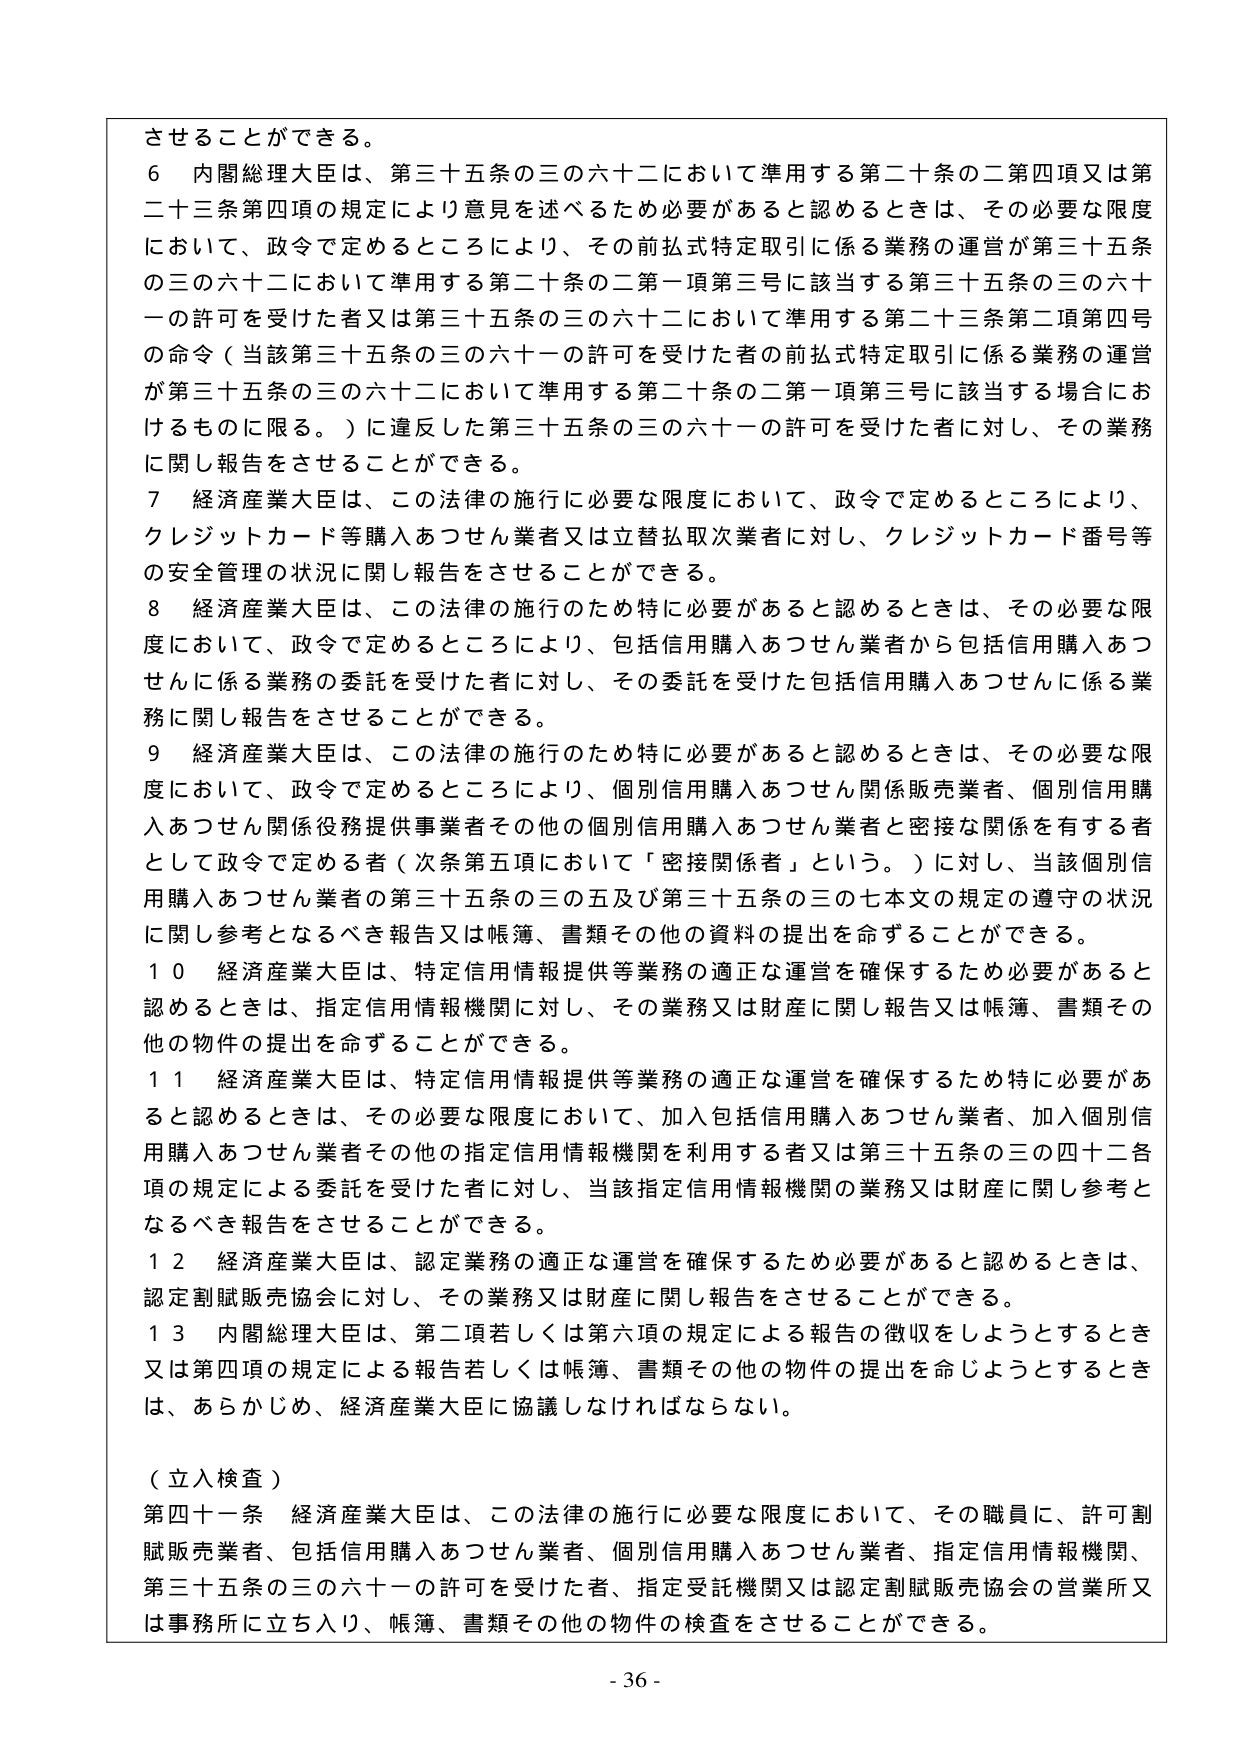
させることができる。

６ 内閣総理大臣は、第三十五条の三の六十二において準用する第二十条の二第四項又は第二十三条第四項の規定により意見を述べるため必要があると認めるときは、その必要な限度において、政令で定めるところにより、その前払式特定取引に係る業務の運営が第三十五条の三の六十二において準用する第二十条の二第一項第三号に該当する第三十五条の三の六十一の許可を受けた者又は第三十五条の三の六十二において準用する第二十三条第二項第四号の命令（当該第三十五条の三の六十一の許可を受けた者の前払式特定取引に係る業務の運営が第三十五条の三の六十二において準用する第二十条の二第一項第三号に該当する場合におけるものに限る。）に違反した第三十五条の三の六十一の許可を受けた者に対し、その業務に関し報告をさせることができる。

７ 経済産業大臣は、この法律の施行に必要な限度において、政令で定めるところにより、クレジットカード等購入あつせん業者又は立替払取次業者に対し、クレジットカード番号等の安全管理の状況に関し報告をさせることができる。

８ 経済産業大臣は、この法律の施行のため特に必要があると認めるときは、その必要な限度において、政令で定めるところにより、包括信用購入あつせん業者から包括信用購入あつせんに係る業務の委託を受けた者に対し、その委託を受けた包括信用購入あつせんに係る業務に関し報告をさせることができる。

９ 経済産業大臣は、この法律の施行のため特に必要があると認めるときは、その必要な限度において、政令で定めるところにより、個別信用購入あつせん関係販売業者、個別信用購入あつせん関係役務提供事業者その他の個別信用購入あつせん業者と密接な関係を有する者として政令で定める者（次条第五項において「密接関係者」という。）に対し、当該個別信用購入あつせん業者の第三十五条の三の五及び第三十五条の三の七本文の規定の遵守の状況に関し参考となるべき報告又は帳簿、書類その他の資料の提出を命ずることができる。

１０ 経済産業大臣は、特定信用情報提供等業務の適正な運営を確保するため必要があると認めるときは、指定信用情報機関に対し、その業務又は財産に関し報告又は帳簿、書類その他の物件の提出を命ずることができる。

１１ 経済産業大臣は、特定信用情報提供等業務の適正な運営を確保するため特に必要があると認めるときは、その必要な限度において、加入包括信用購入あつせん業者、加入個別信用購入あつせん業者その他の指定信用情報機関を利用する者又は第三十五条の三の四十二各項の規定による委託を受けた者に対し、当該指定信用情報機関の業務又は財産に関し参考となるべき報告をさせることができる。

１２ 経済産業大臣は、認定業務の適正な運営を確保するため必要があると認めるときは、認定割賦販売協会に対し、その業務又は財産に関し報告をさせることができる。

１３ 内閣総理大臣は、第二項若しくは第六項の規定による報告の徴収をしようとするとき又は第四項の規定による報告若しくは帳簿、書類その他の物件の提出を命じようとするときは、あらかじめ、経済産業大臣に協議しなければならない。

（立入検査）

第四十一条 経済産業大臣は、この法律の施行に必要な限度において、その職員に、許可割賦販売業者、包括信用購入あつせん業者、個別信用購入あつせん業者、指定信用情報機関、第三十五条の三の六十一の許可を受けた者、指定受託機関又は認定割賦販売協会の営業所又は事務所に立ち入り、帳簿、書類その他の物件の検査をさせることができる。

- 36 -